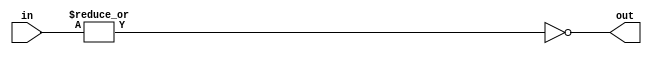
module is_zero(out, in);
    input [3:0] in;
    output out;

    assign out = !(|in);

endmodule

module is_less_than_two(out, in);
    input [3:0] in;
    output out;

    wire w1;
    is_zero iz(w1, in);

    assign out = w1 || (in == 4'b0001);

endmodule

module top(out, in);
    input  [3:0] in;
    output       out;

    wire w1;
    is_less_than_two il(w1, in);

    assign out = !w1;

endmodule